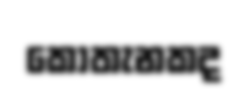
කොතැනකද